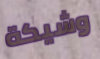
وشيكة